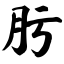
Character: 肟